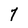
Character: 7